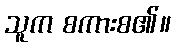
သူက စကားစ၏။